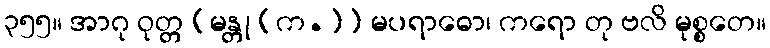
၃၅၅။ အာဂု ဝုတ္တ [မန္တု (က.)] မပရာဓော၊ ကရော တု ဗလိ မုစ္စတေ။